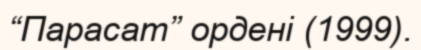
“Парасат” ордені (1999).